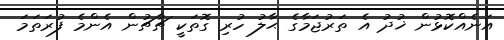
އަނެއްކޮޅުން ޚުދު އެ ތަރުޖަމާގެ ޙާލު ހުރި ގޮތަކީ ޗާޗުން އެންމެ ފުރަތަމަ